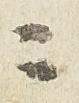
ニ